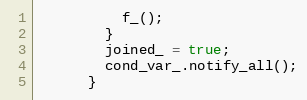
Language: C
          f_();
        }
        joined_ = true;
        cond_var_.notify_all();
      }